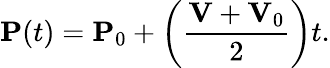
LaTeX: \mathbf{P}(t)=\mathbf{P}_{0}+\left({\frac{\mathbf{V}+\mathbf{V}_{0}}{2}}\right)t.